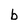
Character: b